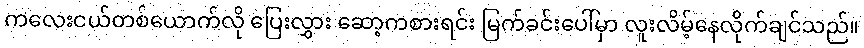
ကလေးငယ်တစ်ယောက်လို ပြေးလွှား ဆော့ကစားရင်း မြက်ခင်းပေါ်မှာ လူးလိမ့်နေလိုက်ချင်သည်။